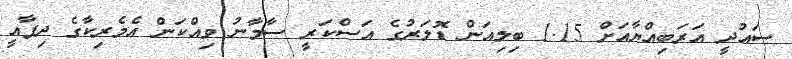
ސައުދީ އަރަބިއްޔާއަށް 1.15 ބިލިއަން ޑޮލަރުގެ އަސްކަރީ ސާމާނު ވިއްކަން އެމެރިކާގެ ދިފާއީ